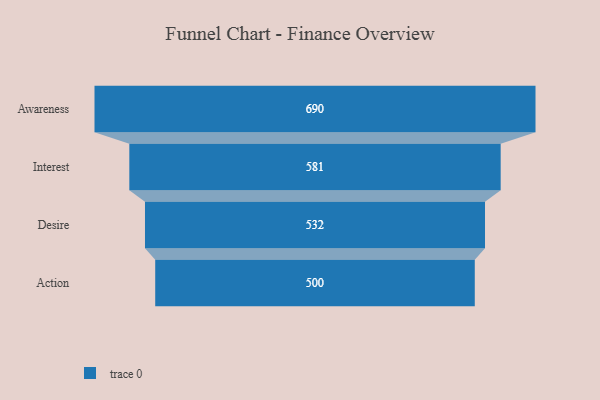
{"axis": {"x": "Stage", "y": "Value"}, "legend": [""], "data": [{"x": "Awareness", "y": 690.0, "type": ""}, {"x": "Interest", "y": 581.0, "type": ""}, {"x": "Desire", "y": 532.0, "type": ""}, {"x": "Action", "y": 500, "type": ""}]}